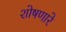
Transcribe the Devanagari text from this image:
शोषणारे